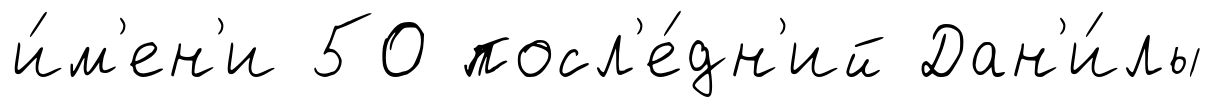
и́м'ен'и 50 посл'е́дн'ий Дан'и́лы